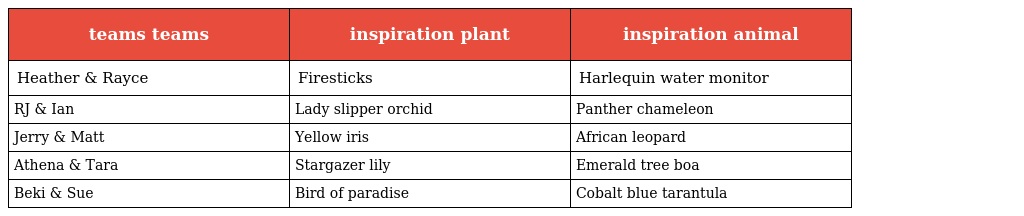
| teams teams | inspiration plant | inspiration animal |
 | --- | --- | --- |
 | Heather & Rayce | Firesticks | Harlequin water monitor |
 | RJ & Ian | Lady slipper orchid | Panther chameleon |
 | Jerry & Matt | Yellow iris | African leopard |
 | Athena & Tara | Stargazer lily | Emerald tree boa |
 | Beki & Sue | Bird of paradise | Cobalt blue tarantula |